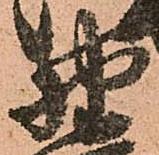
野